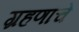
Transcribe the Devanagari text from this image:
ग्रहणांचे